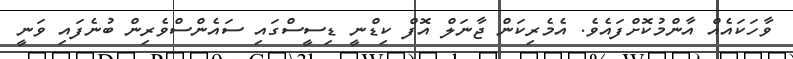
ވާހަކައެއް އާންމުކޮށްފައެވެ. އެމެރިކަން ޖާނަލް އޮފް ކިޑްނީ ޑިސީސްގައި ސައެންސްވެރިން ބުނެފައި ވަނީ